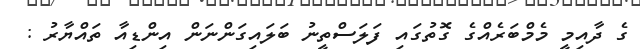
ގެ ދާއިމީ މެމްބަރެއްގެ ގޮތުގައި ފަލަސްތީނު ބަލައިގަންނަން އިންޑިއާ ތައްޔާރު :